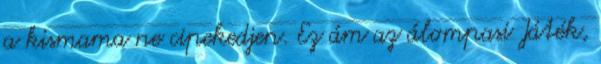
a kismama ne cipekedjen. Ez ám az álompasi Játék,